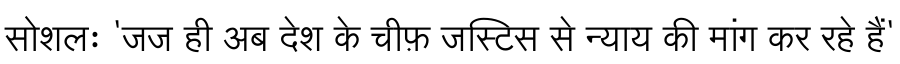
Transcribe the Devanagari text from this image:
सोशलः 'जज ही अब देश के चीफ़ जस्टिस से न्याय की मांग कर रहे हैं'